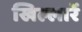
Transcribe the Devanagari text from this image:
खिल्लारें